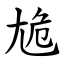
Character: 尯